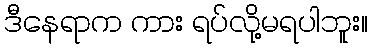
ဒီနေရာက ကား ရပ်လို့မရပါဘူး။